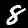
Label: 8